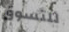
للتسوق